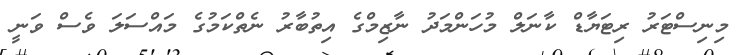
މިނިސްޓަރު ރިޓަޔާޑް ކާނަލް މުހަންމަދު ނާޒިމްގެ އިތުބާރު ނެތްކަމުގެ މައްސަލަ ވެސް ވަނީ